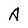
Character: A